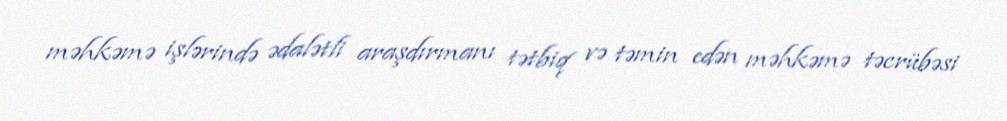
məhkəmə işlərində ədalətli araşdırmanı tətbiq və təmin edən məhkəmə təcrübəsi